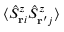
\langle \hat { S } _ { \mathbf { r } i } ^ { z } \hat { S } _ { \mathbf { r ^ { \prime } } j } ^ { z } \rangle